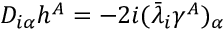
D _ { i \alpha } h ^ { A } = - 2 i ( \bar { \lambda } _ { i } \gamma ^ { A } ) _ { \alpha }